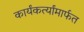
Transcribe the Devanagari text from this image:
कार्यंकर्त्यांमार्फत